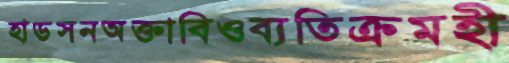
হাডসনঅক্তাবিওব্যতিক্রমহী